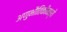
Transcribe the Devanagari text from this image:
अणुभौतिकीमध्ये